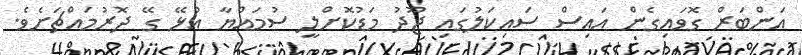
އަންބަރް ގޮވައިގެން އައިސް ސައިކަލުގައި ޖޫދު މަޑުކޮށްލީ ސުމައްޔާ އުޅޭ ގޭ ދޮރުމައްޗަށެވެ.